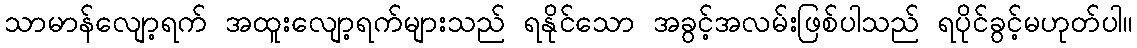
သာမာန်လျော့ရက် အထူးလျော့ရက်များသည် ရနိုင်သော အခွင့်အလမ်းဖြစ်ပါသည် ရပိုင်ခွင့်မဟုတ်ပါ။